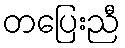
တပြေးညီ